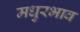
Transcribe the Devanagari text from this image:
मधुरभाव